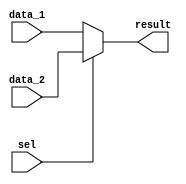
module muxH(input wire sel , input wire [15:0] data_1 , data_2 , output wire [15:0] result);
assign result = (sel == 0)?data_1:data_2 ; 
endmodule